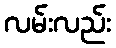
လမ်းလည်း